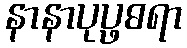
နာနာပုပ္ဖဓရာ